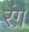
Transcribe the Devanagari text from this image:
रंग़